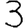
Digit: 3